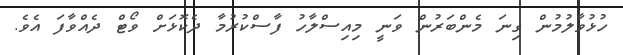
ހުޅުވާލުމުން ގިނަ މެންބަރުން ވަނީ މިއިސްލާހު ފާސްކުރުމާ ދެކޮޅަށް ވޯޓް ދެއްވާފަ އެވެ.